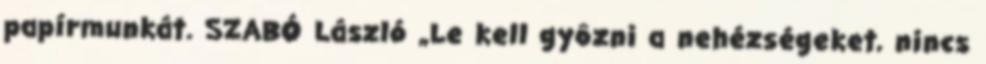
papírmunkát. SZABÓ László „Le kell gyôzni a nehézségeket, nincs